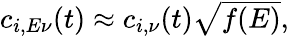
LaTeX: \begin{array}{r}{c_{i,E\nu}(t)\approx c_{i,\nu}(t)\sqrt{f(E)},}\end{array}